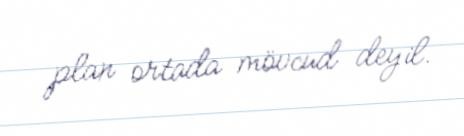
plan ortada mövcud deyil.